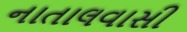
નાતાલવાસી